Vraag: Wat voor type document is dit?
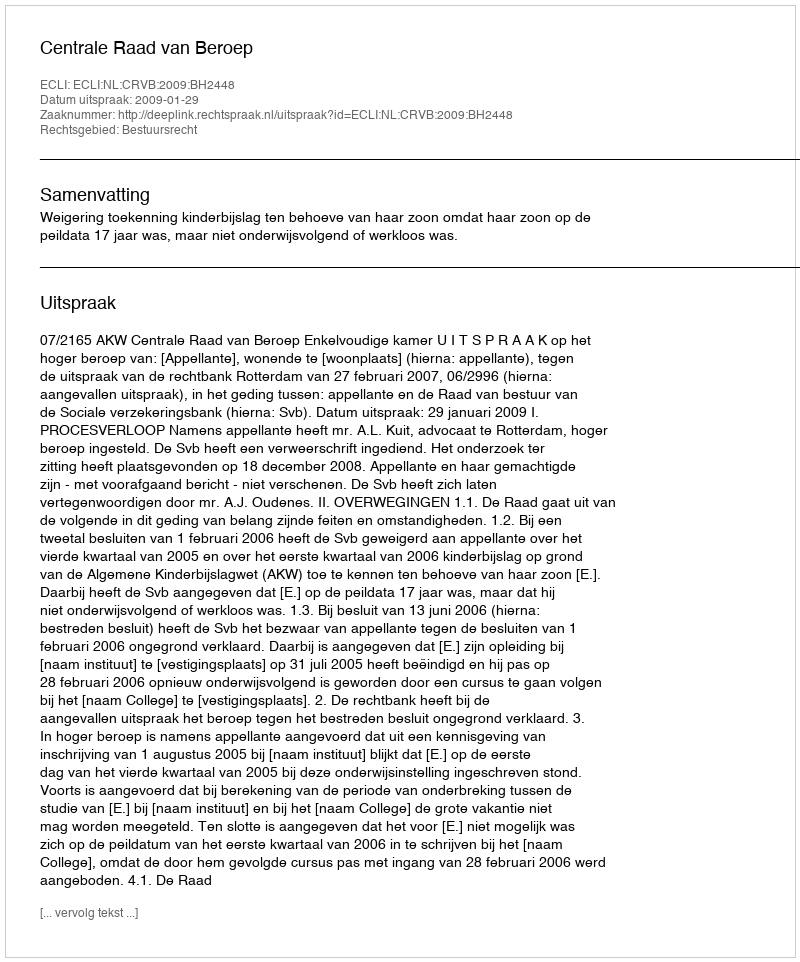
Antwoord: Uitspraak